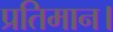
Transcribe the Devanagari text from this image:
प्रतिमान।